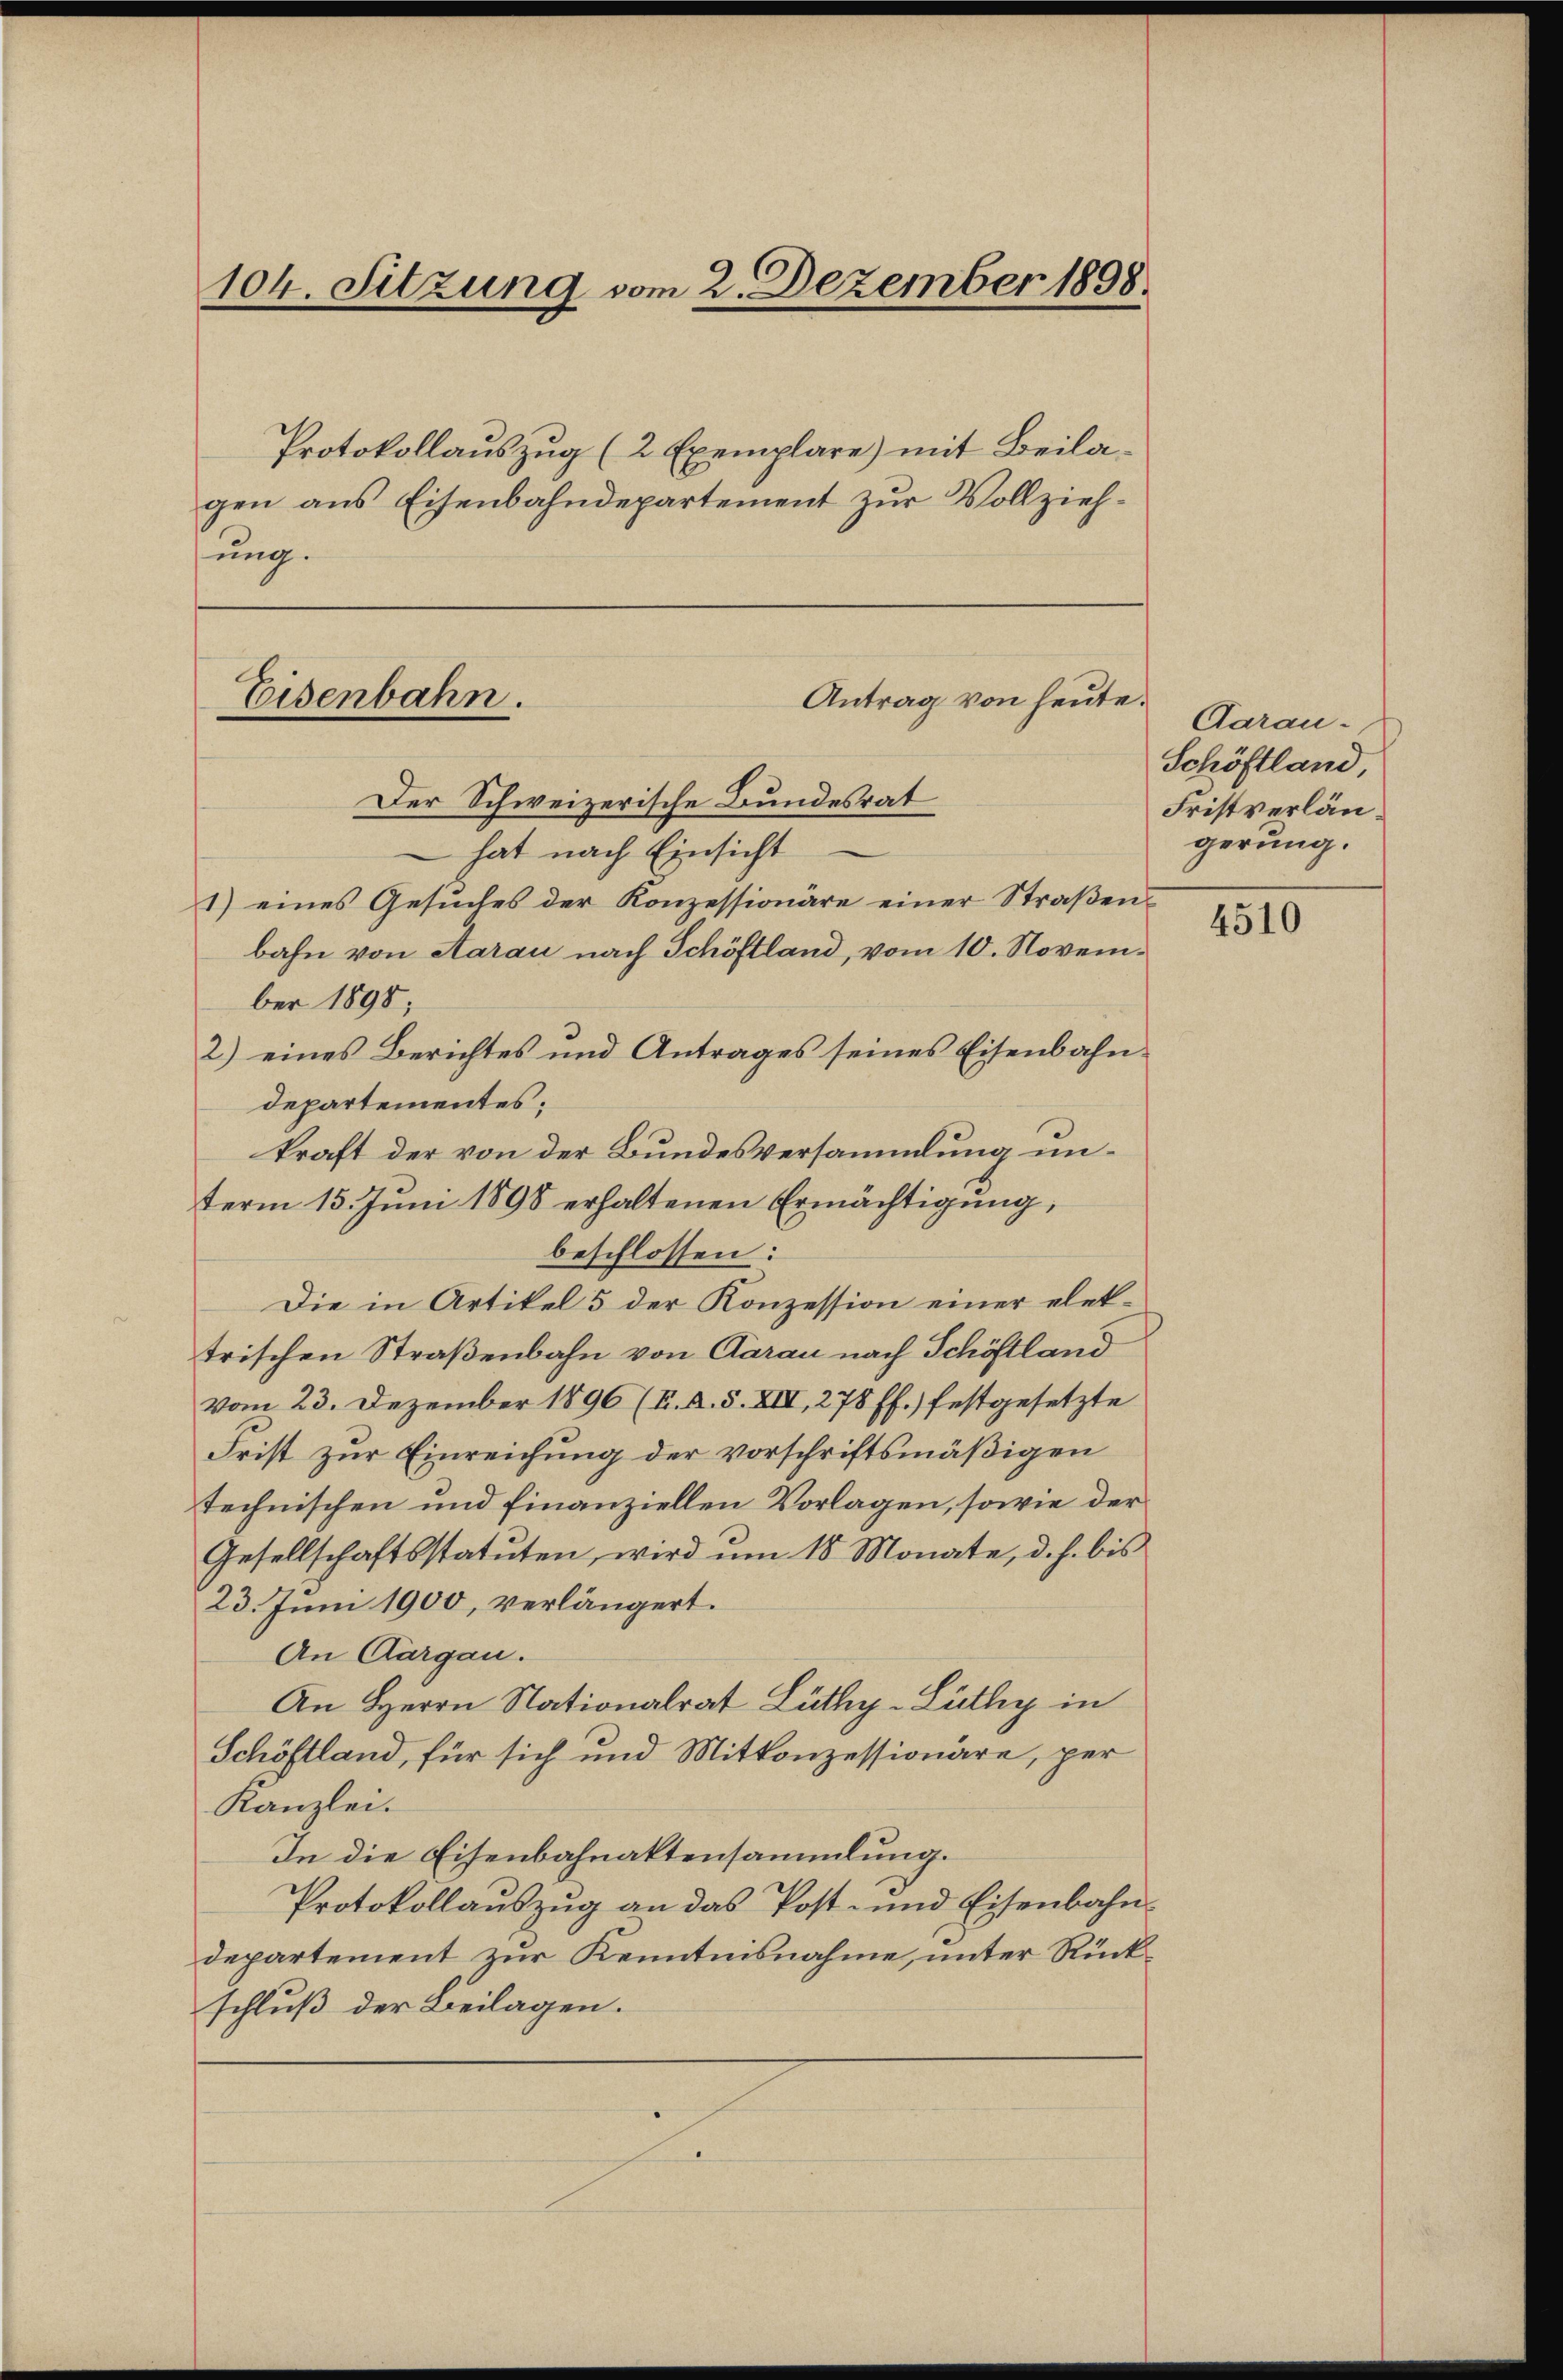
104. Sitzung vom 2. Dezember 1898

Protokollauszug (2 Exemplare) mit Beilagen aus Eisenbahndepartement zur Vollziehsung.

Antrag von heute.
Eisenbahn.

Der Schweizerische Bundesrat
 hat nach Einsicht
1) eines Gesuches der Konzessionäre einer Straßenbahn von Aarau nach Schöftland, vom 10. November 1890;
2) eines Berichtes und Antrages seines Eisenbahn-
departementes;
kraft der von der Bundesversammlung unterm 15. Juni 1898 erhaltenen Ermächtigung,
beschlossen:
Die in Artikel 5 der Konzession einer elettrischen Straßenbahn von Aarau nach Schöftland
vom 23. Dezember 1896 (K. A. S. XIII, 278 ff.) festgesetzte
Frist zur Einreichung der vorschriftsmäßigen
technischen und finanziellen Vorlagen, sowie der
Gesellschaftsstatuten, wird um 18 Monate, d. h. bis
23. Juni 1900, verlängert.
An Aargau.
An Herrn Nationalrat Lüthy-Lüthy in
Schöftland, für sich und Mitkonzessionäre, per
Kanzlei.
In die Eisenbahnaktensammlung.
Protokollauszug an das Post- und Eisenbahn-
departement zur Kenntnisnahme, unter Rückschluß der Beilagen.

Aarau
Schöftland,
Fristverlängerung.

4510